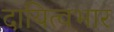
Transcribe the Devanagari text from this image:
दायित्वभार